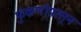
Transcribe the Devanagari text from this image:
फुंकणीपासून